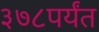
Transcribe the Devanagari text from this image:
३७८पर्यंत